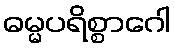
ဓမ္မပရိစ္စာဂေါ